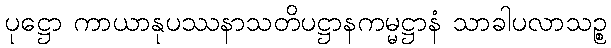
ပုဋ္ဌော ကာယာနုပဿနာသတိပဋ္ဌာနကမ္မဋ္ဌာနံ သာခါပလာသဉ္စ